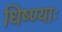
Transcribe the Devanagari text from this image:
धिष्ण्याः